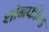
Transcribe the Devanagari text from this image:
शॉनफील्ड